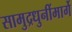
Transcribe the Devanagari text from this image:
सामुद्रधुनींमार्गे